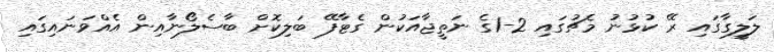
ލަލީގާގައި ރޭ ކުޅުނު މެޗުގައި 2-1ގެ ނަތީޖާއަކުން ގެޓާފޭ ބަލިކޮށް ބާސެލޯނާއިން އެއްވަނައިގައި